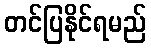
တင်ပြနိုင်ရမည်